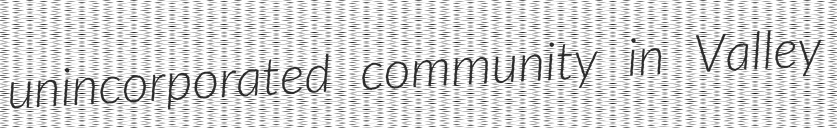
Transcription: unincorporated community in Valley